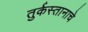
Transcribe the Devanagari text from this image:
तुर्कस्तानाचे